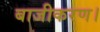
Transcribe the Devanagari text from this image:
बाजीकरण।